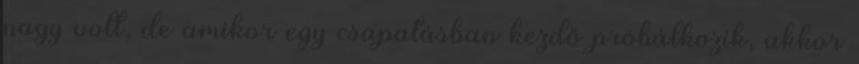
nagy volt, de amikor egy csapatásban kezdő próbálkozik, akkor